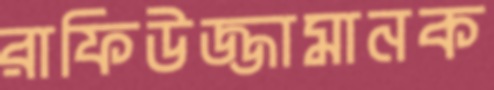
রাফিউজ্জামানক